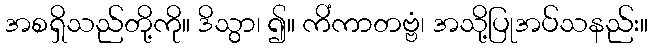
အစရှိသည်တို့ကို။ ဒိသွာ၊ ၍။ ကိံကာတဗ္ဗံ၊ အသို့ပြုအပ်သနည်း။